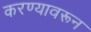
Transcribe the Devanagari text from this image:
करण्यावरून